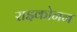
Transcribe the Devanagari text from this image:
राइकोनन